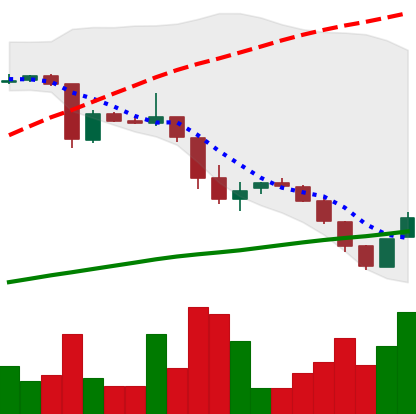
Ticker: DOGE-USD
Chart end date: 2018-10-27
Forward return: -9.964%
Label: down_7plus